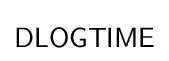
{\mathsf {DLOGTIME}}